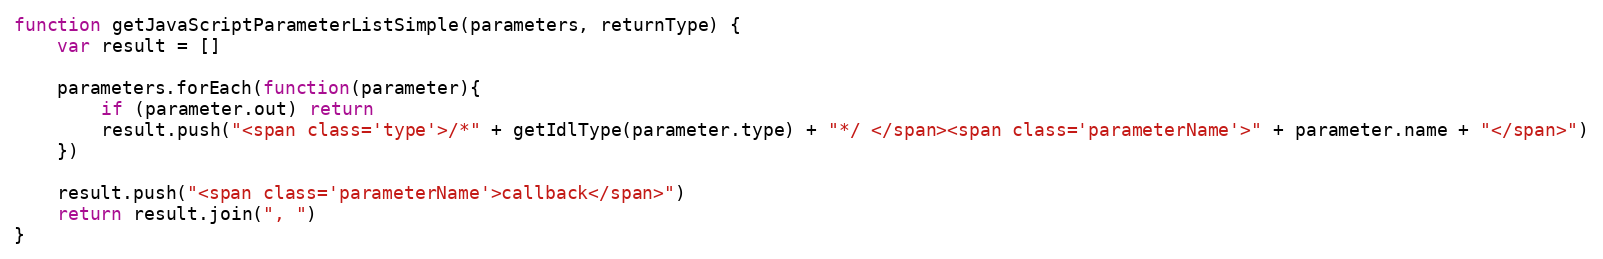
Language: JavaScript
function getJavaScriptParameterListSimple(parameters, returnType) {
    var result = []

    parameters.forEach(function(parameter){
        if (parameter.out) return
        result.push("<span class='type'>/*" + getIdlType(parameter.type) + "*/ </span><span class='parameterName'>" + parameter.name + "</span>")
    })

    result.push("<span class='parameterName'>callback</span>")
    return result.join(", ")
}